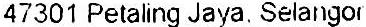
47301 PETALING JAYA. SELANGOR